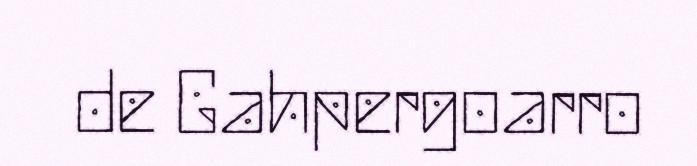
de Gahpergoarro